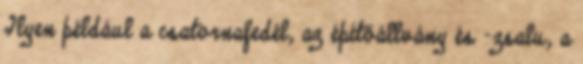
Ilyen például a csatornafedél, az építőállvány és -zsalu, a